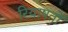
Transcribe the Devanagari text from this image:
रियाषतों